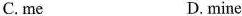
C. me D.mine